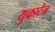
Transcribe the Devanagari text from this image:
युकाटेन